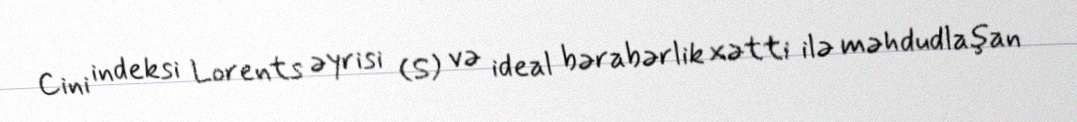
Cini indeksi Lorents əyrisi (S) və ideal bərabərlik xətti ilə məhdudlaşan